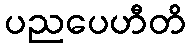
ပညပေဟီတိ